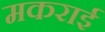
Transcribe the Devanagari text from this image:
मकराई